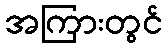
အကြားတွင်